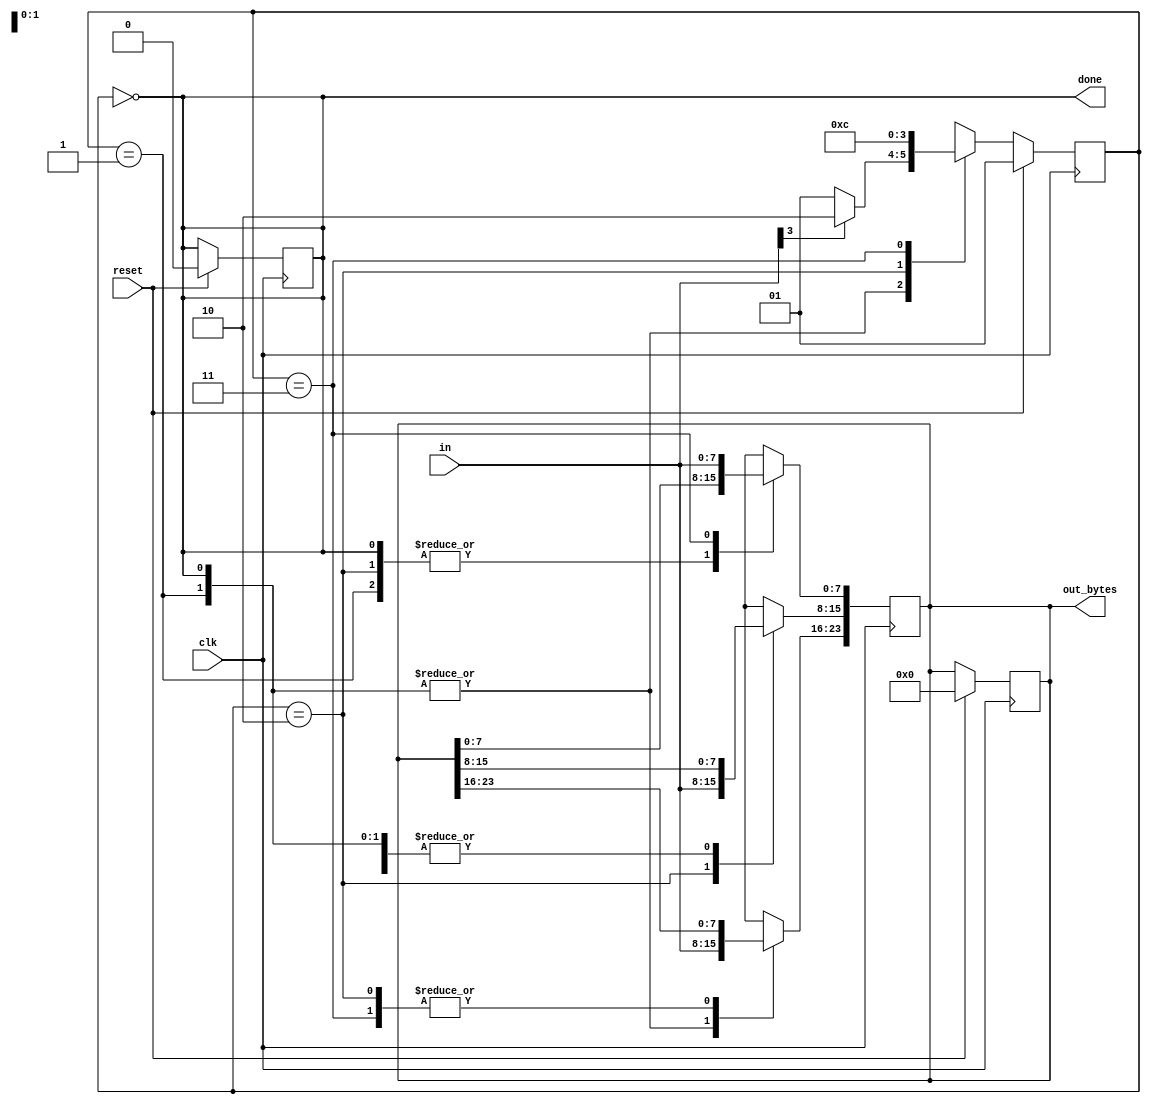
module PS_2_packet_parser_and_datapath(
    input clk,
    input [7:0] in,
    input reset,    // Synchronous reset
    output reg [23:0] out_bytes,
    output reg done); //

    reg [1:0] state, next_state;

    parameter BYTE1_DONE = 2'd0, BYTE1 = 2'd1, BYTE2 = 2'd2, BYTE3 = 2'd3;

    // State transition logic (combinational)
    always @(*) begin
      case(state)
        BYTE1_DONE: next_state = in[3]? BYTE2 : BYTE1;
        BYTE1: next_state = in[3]? BYTE2 : BYTE1;
        BYTE2: next_state = BYTE3;
        BYTE3: next_state = BYTE1_DONE;
        default: next_state = next_state;
      endcase
    end

    // State flip-flops (sequential)
    always @(posedge clk) begin
      if(reset) begin
        out_bytes <= 24'b0;
        done <= 0;
        state <= BYTE1;
      end else begin
        state <= next_state;
      end
    end
 
    // Output logic
    always @(*) begin
      done =  (state == BYTE1_DONE);
    end

    always @(posedge clk) begin
      case(state)
        BYTE1_DONE: out_bytes[23:16] = in;
        BYTE1: out_bytes[23:16] = in;
        BYTE2: out_bytes[15:8] = in;
        BYTE3: out_bytes[7:0] = in;
      endcase
    end

endmodule